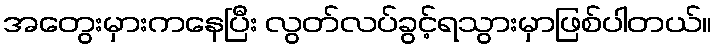
အတွေးမှားကနေပြီး လွတ်လပ်ခွင့်ရသွားမှာဖြစ်ပါတယ်။